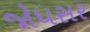
જોધસર